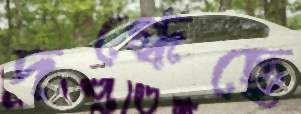
দগ্ধেছে